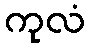
ကုလံ